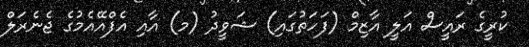
ކުރީގެ ރައީސް އަލީ އާޒިމް (ފަހަތުގައި) ޝަވީދު (މ) އާއި އެފްއޭއެމުގެ ޖެނެރަލް